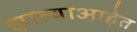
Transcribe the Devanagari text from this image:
झाल्याआहेत